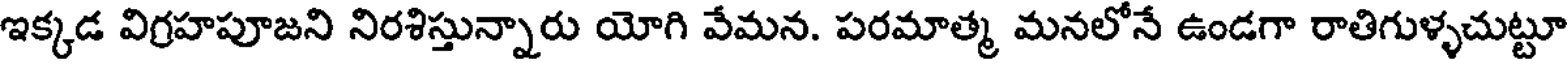
ఇక్కడ విగ్రహపూజని నిరశిస్తున్నారు యోగి వేమన. పరమాత్మ మనలోనే ఉండగా రాతిగుళ్ళచుట్టూ